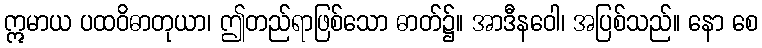
ဣမာယ ပထဝိဓာတုယာ၊ ဤတည်ရာဖြစ်သော ဓာတ်၌။ အာဒီနဝေါ၊ အပြစ်သည်။ နော စေ